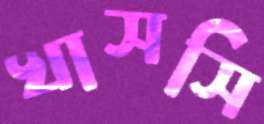
খাসসি